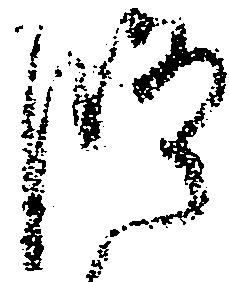
修